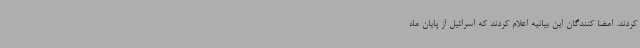
کردند. امضا کنندگان این بیانیه اعلام کردند که اسرائیل از پایان ماه